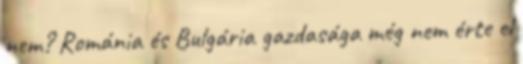
nem? Románia és Bulgária gazdasága még nem érte el